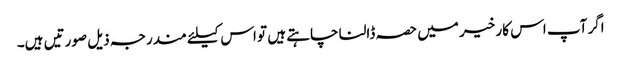
اگر آپ اس کار خیر میں حصہ ڈالنا چاہتے ہیں تو اس کیلئے مندرجہ ذیل صورتیں ہیں۔